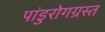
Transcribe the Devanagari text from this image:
पांडुरोगग्रस्त